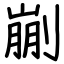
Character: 剻